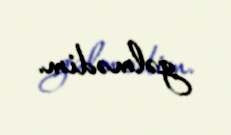
gəlmədim.